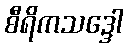
စီရိကသဒ္ဒေါ